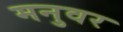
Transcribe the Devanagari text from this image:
मनुवर